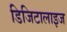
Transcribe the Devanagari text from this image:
डिजिटालाइज